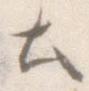
と